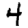
Digit: 4